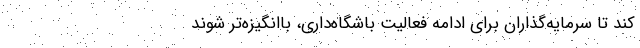
کند تا سرمایه‌گذاران برای ادامه فعالیت باشگاه‌داری، باانگیزه‌تر شوند